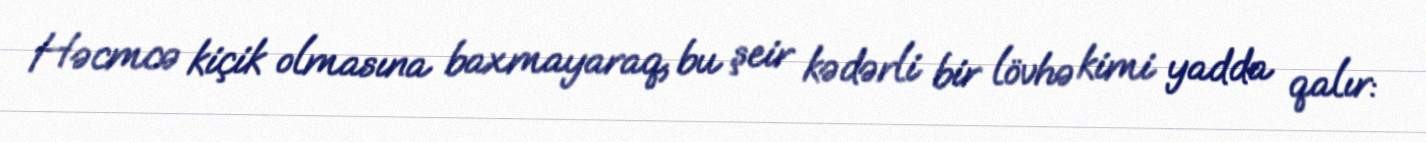
Həcmcə kiçik olmasına baxmayaraq, bu şeir kədərli bir lövhə kimi yadda qalır: